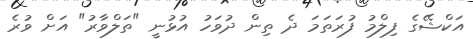
އަކްޝޭގެ ފިލްމު ފުރަތަމަ ދެ ތިން ދުވަހު އުޅުނީ "ތަލްވާރު" އަށް ވުރެ